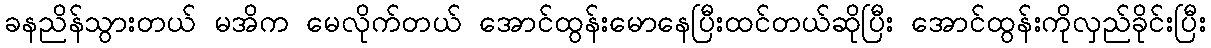
ခနညိန်သွားတယ် မအိက မေလိုက်တယ် အောင်ထွန်းမောနေပြီးထင်တယ်ဆိုပြီး အောင်ထွန်းကိုလှည်ခိုင်းပြီး